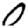
Digit: 0